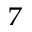
^ { 7 }